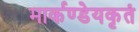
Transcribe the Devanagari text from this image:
मार्कण्डेयकृतं